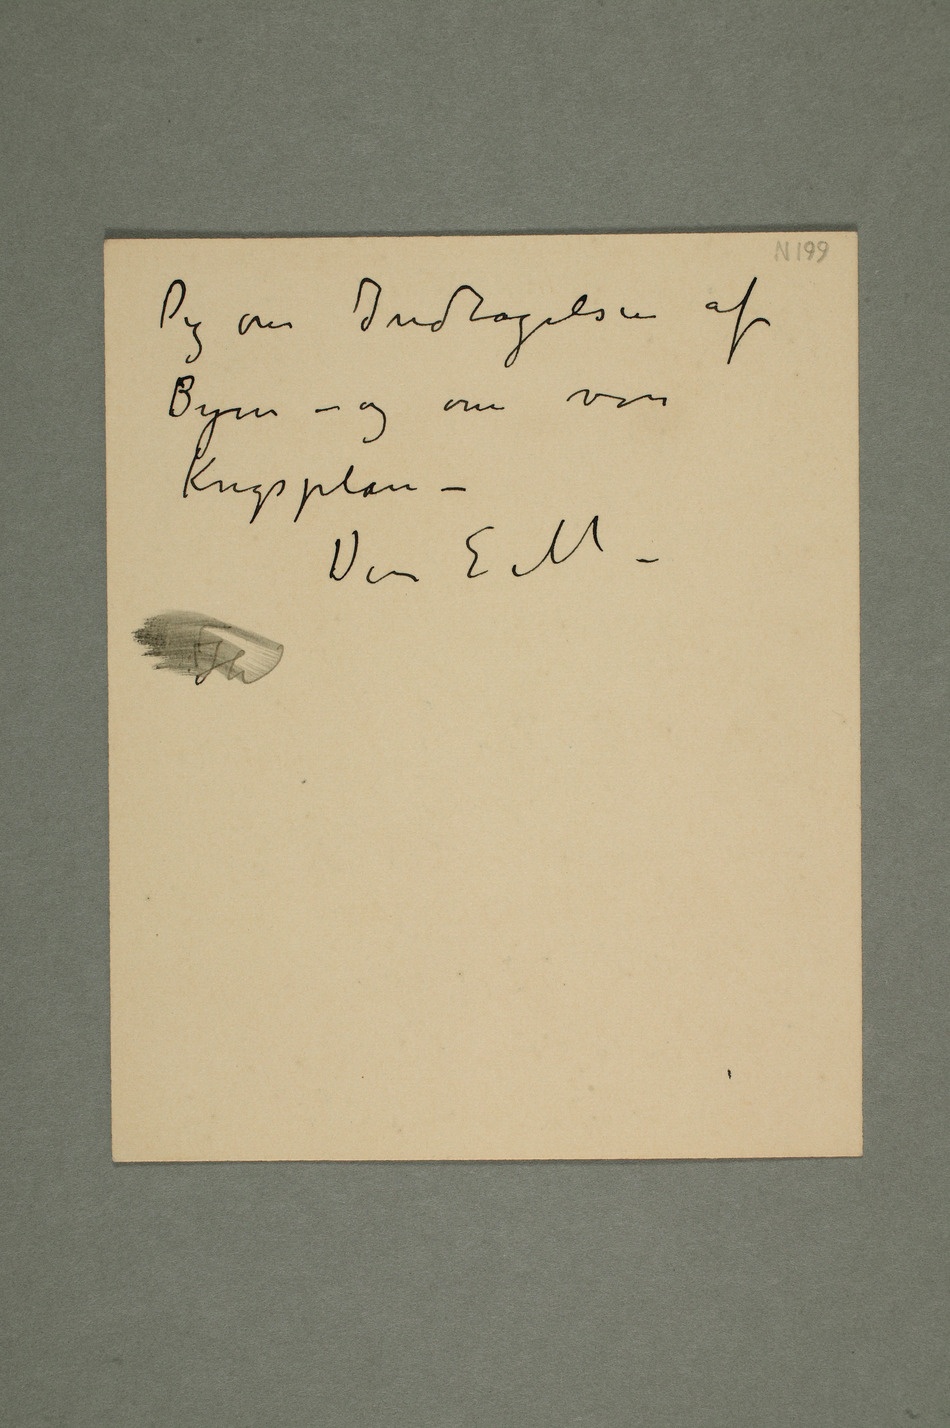
Dig om Indtagelsen af
Byen – og om vor
Krigsplan –